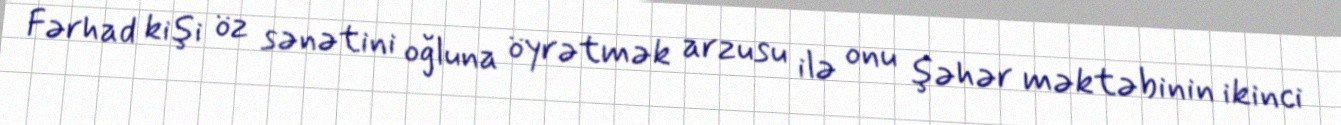
Fərhad kişi öz sənətini oğluna öyrətmək arzusu ilə onu şəhər məktəbinin ikinci